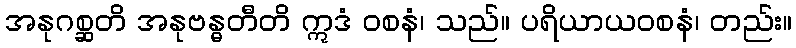
အနုဂစ္ဆတိ အနုဗန္ဓတီတိ ဣဒံ ဝစနံ၊ သည်။ ပရိယာယဝစနံ၊ တည်း။